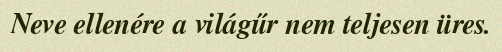
Neve ellenére a világűr nem teljesen üres.